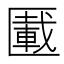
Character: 𠥠